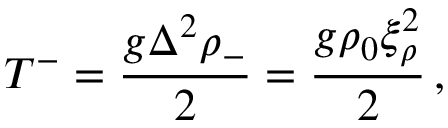
T ^ { - } = \frac { g \Delta ^ { 2 } \rho _ { - } } { 2 } = \frac { g \rho _ { 0 } \xi _ { \rho } ^ { 2 } } { 2 } \, ,